On kala azar, malaria and malarial cachexia - Number 19
Disease focus: Malaria
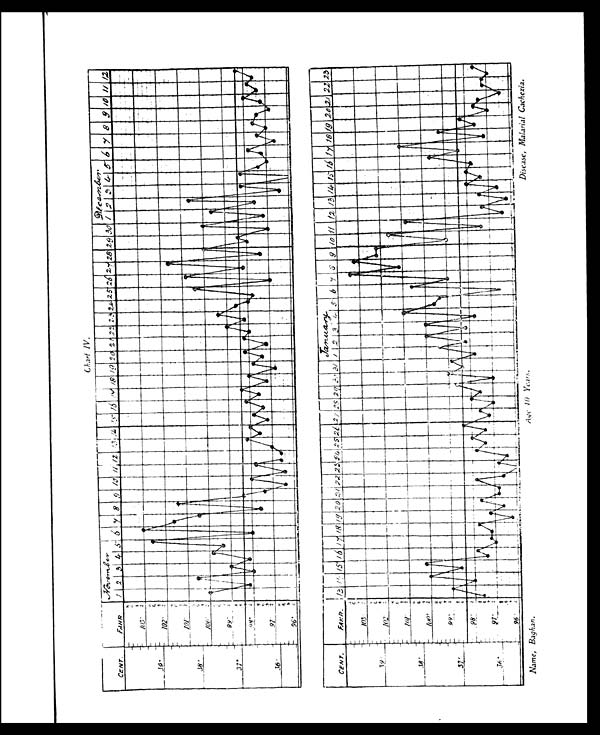
Chart IV.
Name, Baghan.
Age 10 Years.
Disease, Malarial Cachexia.